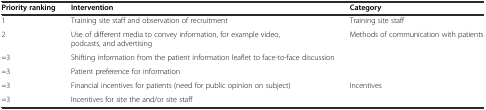
<table><thead><tr><td><b>Priority ranking</b></td><td><b>Intervention</b></td><td><b>Category</b></td></tr></thead><tbody><tr><td>1</td><td>Training site staff and observation of recruitment</td><td>Training site staff</td></tr><tr><td>2</td><td>Use of different media to convey information, for example video, podcasts, and advertising</td><td rowspan="3">Methods of communication with patients</td></tr><tr><td>=3</td><td>Shifting information from the patient information leaflet to face-to-face discussion</td></tr><tr><td>=3</td><td>Patient preference for information</td></tr><tr><td>=3</td><td>Financial incentives for patients (need for public opinion on subject)</td><td rowspan="2">Incentives</td></tr><tr><td>=3</td><td>Incentives for site the and/or site staff</td></tr></tbody></table>